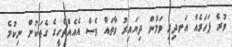
ވުރެ ފަހަރެއް އަނދިރި ވަމުން ދިޔައިރު ވާތައް ވެސް އެއެއްޗެހީގެ ގެތަކުން ނިކުމެ